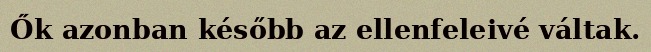
Ők azonban később az ellenfeleivé váltak.